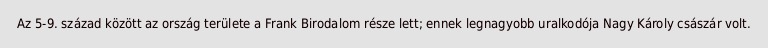
Az 5-9. század között az ország területe a Frank Birodalom része lett; ennek legnagyobb uralkodója Nagy Károly császár volt.